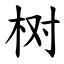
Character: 树